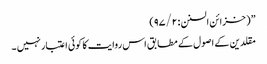
” ( خزائن السنن : ۹۷/۲)
مقلدین کے اصول کے مطابق اس روایت کا کوئی اعتبار نہیں ۔